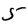
Digit: 5